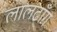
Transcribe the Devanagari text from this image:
लालढाँग